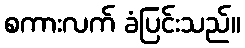
စကားလက် ခံပြင်းသည်။